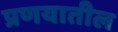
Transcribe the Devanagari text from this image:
प्रणयातील